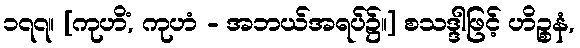
၁၇၇။ [ကုဟိံ, ကုဟံ - အဘယ်အရပ်၌။] စသဒ္ဒါဖြင့် ဟိဉ္စနံ,